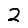
Digit: 2